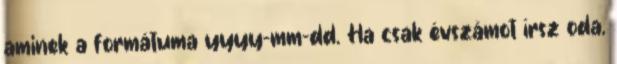
aminek a formátuma yyyy-mm-dd. Ha csak évszámot írsz oda,